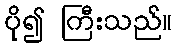
ပို၍ ကြီးသည်။